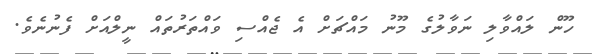
ހޫން ލައްވާލި ނަވާލުގެ މޫނު މައްޗަށް އެ ޖެއްސި ވައްތަރުތައް ނީލްއަށް ފެނުނެވެ.